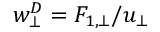
\begin{array} { r } { w _ { \bot } ^ { D } = F _ { 1 , \bot } / u _ { \bot } } \end{array}